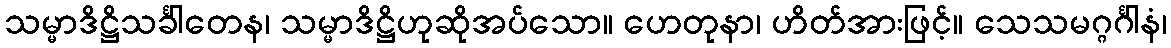
သမ္မာဒိဋ္ဌိသင်္ခါတေန၊ သမ္မာဒိဋ္ဌိဟုဆိုအပ်သော။ ဟေတုနာ၊ ဟိတ်အားဖြင့်။ သေသမဂ္ဂင်္ဂါနံ၊